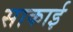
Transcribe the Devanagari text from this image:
साकाई